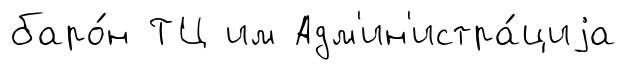
баро́н ТЦ им Адм'ин'истра́циjа